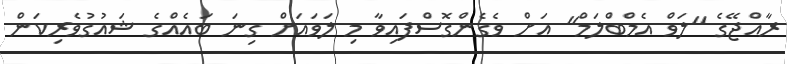
ރާއްޖޭގެ "ލަވް އެމްބްލަމް" އަށް ވެގެންގޮސްފައިވާ މި ލަވައަށް ގިނަ ބައެއްގެ ޝައުގުވެރިކަން